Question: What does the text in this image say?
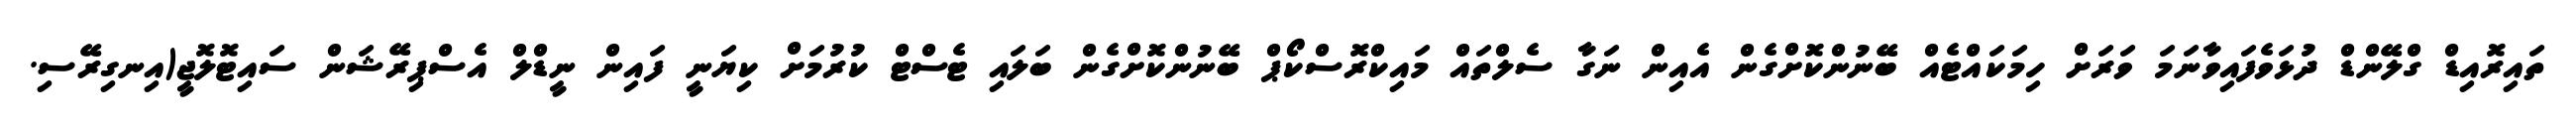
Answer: ތައިރޮއިޑް ގްލޭންޑް ދުޅަވެފައިވާނަމަ ވަރަށް ހިމަކައްޓެއް ބޭނުންކޮށްގެން އެއިން ނަގާ ސެލްތައް މައިކްރޮސްކޯޕް ބޭނުންކޮށްގެން ބަލައި ޓެސްޓް ކުރުމަށް ކިޔަނީ ފައިން ނީޑްލް އެސްޕިރޭޝަން ސައިޓޮލޮޖީ(އިނގިރޭސި.